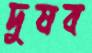
দুষব